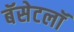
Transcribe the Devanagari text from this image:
बॅसेटलॉ